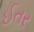
ઈતર